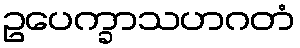
ဥပေက္ခာသဟဂတံ